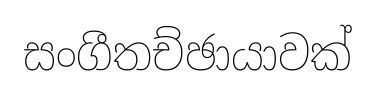
සංගීතච්ඡායාවක්